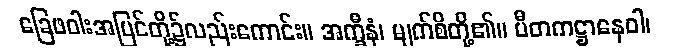
ခြေဖဝါးအပြင်တို့၌လည်းကောင်း။ အက္ခီနံ၊ မျက်စိတို့၏။ ပီတကဋ္ဌာနေဝါ၊